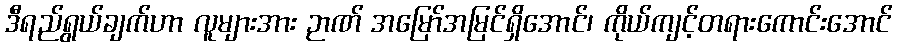
ဒီရည်ရွယ်ချက်ဟာ လူများအား ဉာဏ် အမြော်အမြင်ရှိအောင်၊ ကိုယ်ကျင့်တရားကောင်းအောင်